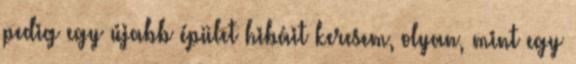
pedig egy újabb épület hibáit keresem, olyan, mint egy